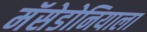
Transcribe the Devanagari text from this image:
मॅसेडोनियाला